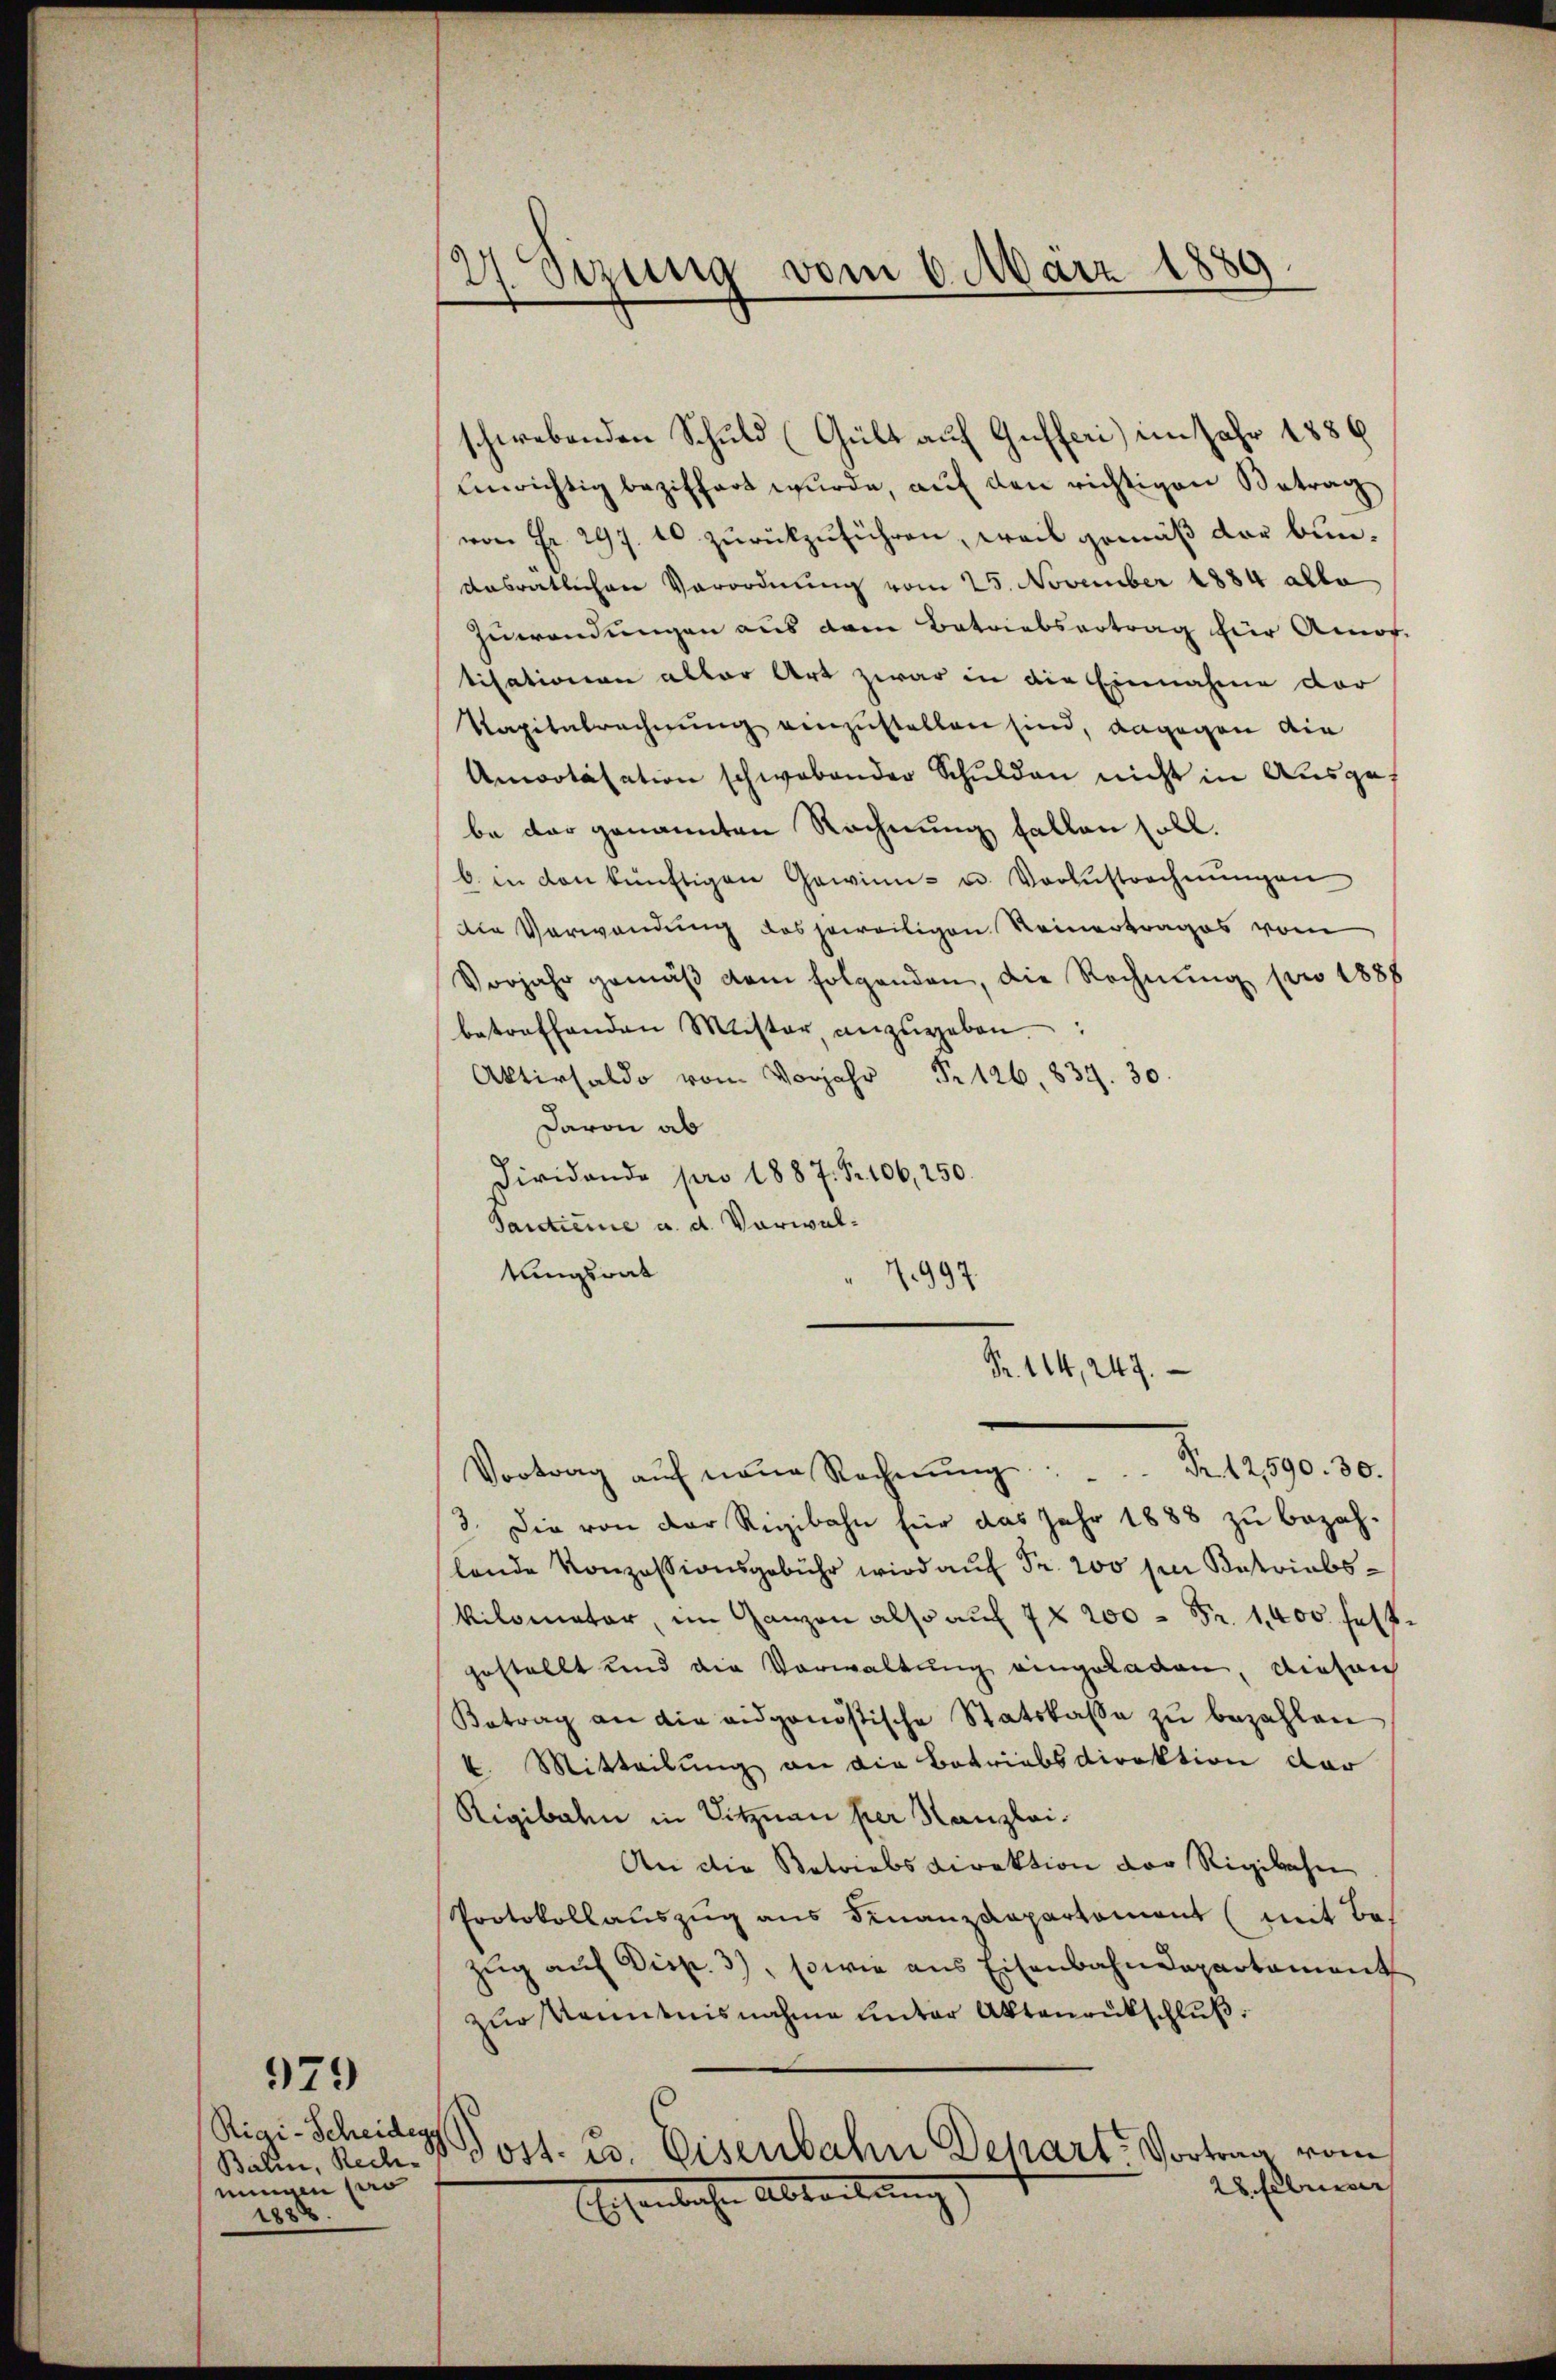
Rigi-Scheidegg,
nungen pro
1888.

979

schwebenden Schuld (Gült auf Gufferi) im Jahr 1886
Unrichtig beziffert wurde, aŭf den richtigen Betrag
von Fr. 297. 10 zurückzuführen, weil gemäß der bundasrätlichen Verordnung vom 25. November 1884 alle
Zuwendungen aus dem Betriebsertrag für Amor
tisationen aller Art zwar in die Einnahme der
Kapitalrechnung einzustellen sind, dagegen die
Amotisation schwabender Schulden nicht in Ausgabe der genannten Rechnung fallen soll.
b. in von künftigen Gewinn- u. Vorzustrechnŭngen
die Verwendung des jeweiligen Reinertrages vom
Vorjahr gemäβ dem folgenden, die Rechnŭng pro 1888
betreffenden Mister anzŭgeben.
Aktivsaldo vom Vorjahr Fr. 126, 837. 30.
davon ab
Dividando pro 1887 S. 106, 250.
Tantieme a. d. Vorwaltungsrat
997.
Fr. 114, 247.
Vortrag auf neue Recherŭng Nr. 12390. 30.
3. Die von der Rigibahn für das Jahr 1888 zu bezah-
lande Konzessionsgebühr wird aŭf Fr. 200 per Patriabskilomater, im Ganzen also auf 7 x 200 Fr. 1400 festgestellt und die Vorwaltung eingeladen, diesen
Betrag an die eidgenössische Statskasse zu bezahlen
k. Mitteilung an die Betriebsdirektion der
Rigibahn in Sitznau per Kanzlei¬
An die Betriebsdirektion der Rigibahn
Protokollauszug aus Finanzdepartemont (mit Be-
Zug auf Disp. 3), sowie aus Eisenbahndepartament
zur Kenntnisnahme unter Aktenrückschluß.
Balin, Rech. p sost. 23. Eisenbahn Depart. Vortrag vom
28. Felman
Esentlichen Abteilung

Sizung vom 6. März 1889.
9)